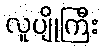
လူပျိုကြီး